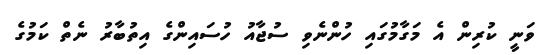
ވަނީ ކުރިން އެ މަގާމުގައި ހުންނެވި ސުޖާއު ހުސައިންގެ އިތުބާރު ނެތް ކަމުގެ